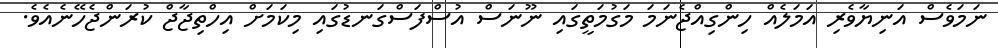
ނަމަވެސް އަނިޔާވެރި އަމަލެއް ހިންގިއްޖެނަމަ މަގުމަތީގައި ނޫނަސް އުސްފަސްގަނޑުގައި މިކަމަށް އިހްތިޖާޖް ކުރަންޖެހޭނެއެވެ.